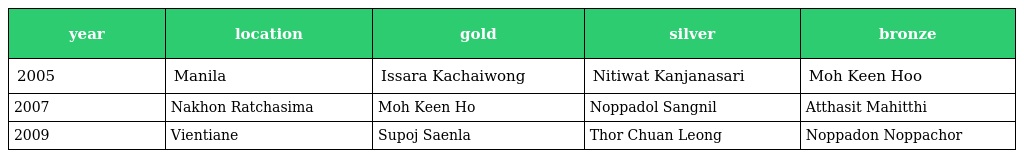
| year | location | gold | silver | bronze |
 | --- | --- | --- | --- | --- |
 | 2005 | Manila | Issara Kachaiwong | Nitiwat Kanjanasari | Moh Keen Hoo |
 | 2007 | Nakhon Ratchasima | Moh Keen Ho | Noppadol Sangnil | Atthasit Mahitthi |
 | 2009 | Vientiane | Supoj Saenla | Thor Chuan Leong | Noppadon Noppachor |